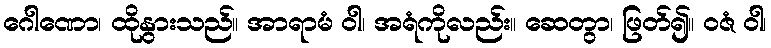
ဂေါဏော၊ ထိုနွားသည်။ အာရာမံ ဝါ၊ အရံကိုလည်း။ ဆေတွာ၊ ဖြတ်၍။ ဝဇံ ဝါ၊